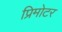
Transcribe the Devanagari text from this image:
प्रिमोटर